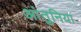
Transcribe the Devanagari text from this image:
आंतुनिया